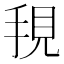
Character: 𭠺